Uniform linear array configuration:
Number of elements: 24
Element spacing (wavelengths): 0.75
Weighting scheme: uniform
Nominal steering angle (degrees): -60
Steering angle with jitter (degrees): -61.426
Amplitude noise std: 0.05
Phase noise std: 0.05

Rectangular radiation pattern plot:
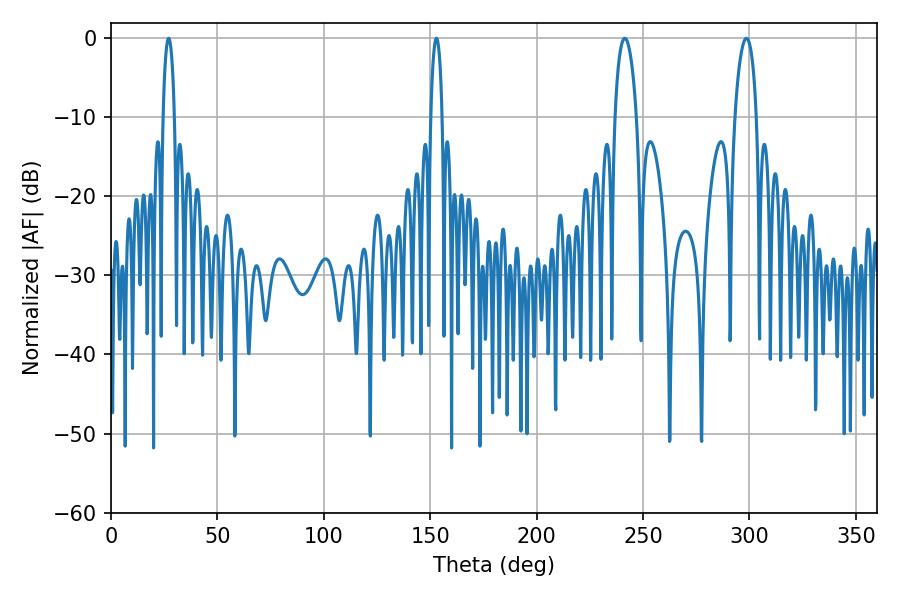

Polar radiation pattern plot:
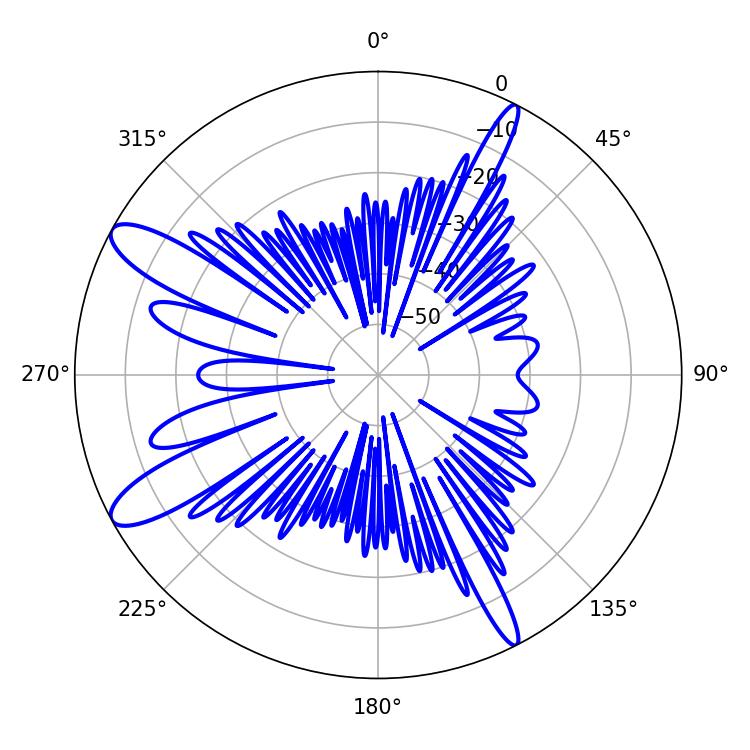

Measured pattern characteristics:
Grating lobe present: TRUE
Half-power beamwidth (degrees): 5.76
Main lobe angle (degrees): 241.38